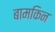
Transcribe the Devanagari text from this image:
बामकिन